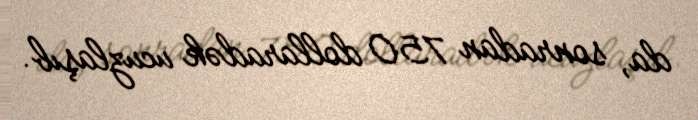
da, sonradan 750 dollaradək ucuzlaşıb.